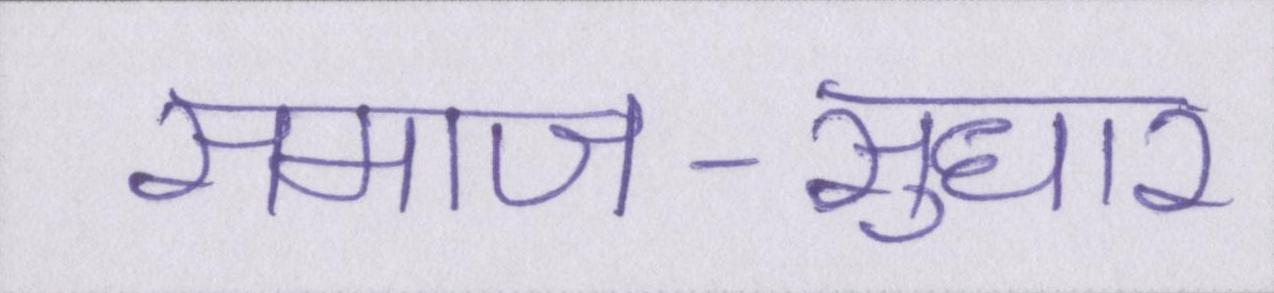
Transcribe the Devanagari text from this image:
समाज-सुधार